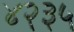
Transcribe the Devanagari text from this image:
४२३५